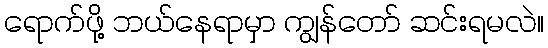
ရောက်ဖို့ ဘယ်နေရာမှာ ကျွန်တော် ဆင်းရမလဲ။